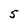
Character: 5